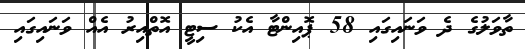
ތާވަލުގެ ދެ ވަނައިގައި 58 ޕޮއިންޓާ އެކު ސިޓީ އޮތްއިރު އެއް ވަނައިގައި